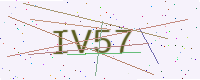
Text: IV57